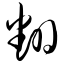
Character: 翻